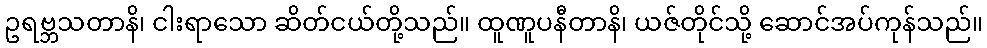
ဥရဗ္ဘသတာနိ၊ ငါးရာသော ဆိတ်ငယ်တို့သည်။ ထူဏူပနီတာနိ၊ ယဇ်တိုင်သို့ ဆောင်အပ်ကုန်သည်။